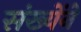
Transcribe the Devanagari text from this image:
संख्येंने